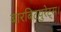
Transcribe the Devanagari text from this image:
बारबिटयुरेट्स।